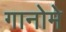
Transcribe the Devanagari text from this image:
गानोमे